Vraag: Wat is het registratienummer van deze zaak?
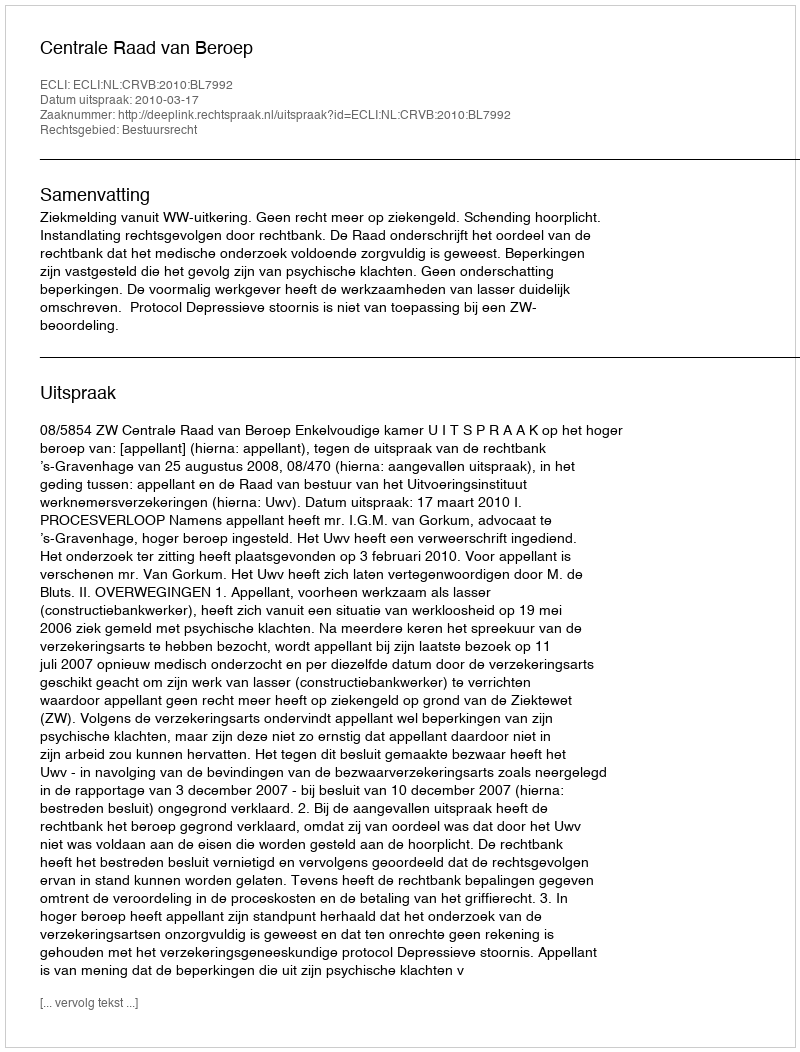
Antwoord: http://deeplink.rechtspraak.nl/uitspraak?id=ECLI:NL:CRVB:2010:BL7992